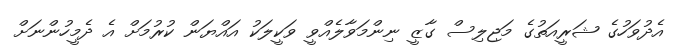
އެދުވަހުގެ ޝަރީއަތުގެ މަޖިލިސް ގާޒީ ނިންމަވާލެއްވީ ވަކީލަކު އައްޔަން ކުރުމަށް އެ ދެމީހުންނަށް